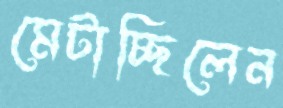
মেটাচ্ছিলেন